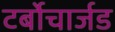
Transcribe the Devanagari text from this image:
टर्बोचार्जड